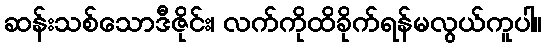
ဆန်းသစ်သောဒီဇိုင်း၊ လက်ကိုထိခိုက်ရန်မလွယ်ကူပါ။